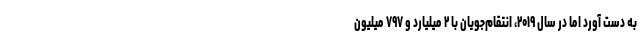
به دست آورد اما در سال ۲۰۱۹، انتقام‌جویان با ۲ میلیارد و ۷۹۷ میلیون